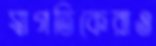
স্বাগতিকেরাও